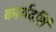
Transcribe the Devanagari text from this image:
कार्यदर्शि